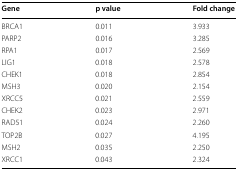
<table><thead><tr><td><b>Gene</b></td><td><b>p value</b></td><td><b>Fold change</b></td></tr></thead><tbody><tr><td>BRCA1</td><td>0.011</td><td>3.933</td></tr><tr><td>PARP2</td><td>0.016</td><td>3.285</td></tr><tr><td>RPA1</td><td>0.017</td><td>2.569</td></tr><tr><td>LIG1</td><td>0.018</td><td>2.578</td></tr><tr><td>CHEK1</td><td>0.018</td><td>2.854</td></tr><tr><td>MSH3</td><td>0.020</td><td>2.154</td></tr><tr><td>XRCC5</td><td>0.021</td><td>2.559</td></tr><tr><td>CHEK2</td><td>0.023</td><td>2.971</td></tr><tr><td>RAD51</td><td>0.024</td><td>2.260</td></tr><tr><td>TOP2B</td><td>0.027</td><td>4.195</td></tr><tr><td>MSH2</td><td>0.035</td><td>2.250</td></tr><tr><td>XRCC1</td><td>0.043</td><td>2.324</td></tr></tbody></table>